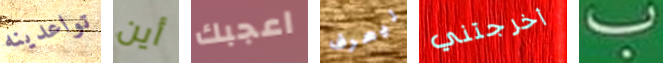
تواعدينه أين اعجبك ليعرف أخرجتني ب